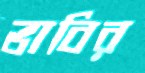
ভাবির